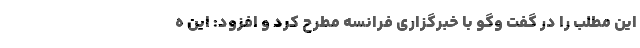
این مطلب را در گفت وگو با خبرگزاری فرانسه مطرح کرد و افزود: این ه